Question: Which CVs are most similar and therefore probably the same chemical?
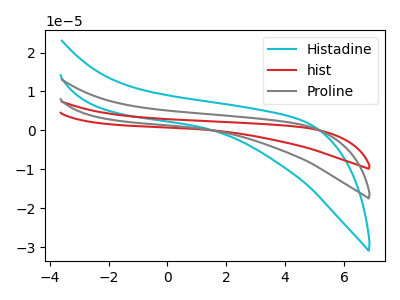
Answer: <think>The cyan curve "Histadine" has no peaks. The red curve "hist" has no peaks. The gray curve "Proline" has no peaks.
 Neither "Histadine" or "hist" have any peaks. Neither "Histadine" or "Proline" have any peaks. Neither "hist" or "Proline" have any peaks.</think>
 <answer>"Histadine", "hist" and "Proline" have the same shape and are likely CV's of the same chemical.</answer>
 <eval>"Histadine" "hist" "Proline"</eval>